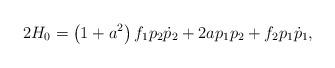
LaTeX: \begin{align*}2H_{0}=\left( 1+a^{2}\right) f_{1}p_{2}\dot{p}_{2}+2ap_{1}p_{2}+f_{2}p_{1}\dot{p}_{1}, \end{align*}